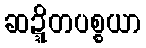
ဆဍ္ဍိတပစ္စယာ